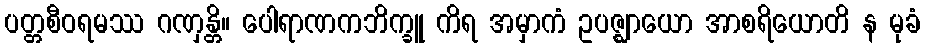
ပတ္တစီဝရမဿ ဂဏှန္တိ။ ပေါရာဏကဘိက္ခူ ကိရ အမှာကံ ဥပဇ္ဈာယော အာစရိယောတိ န မုခံ